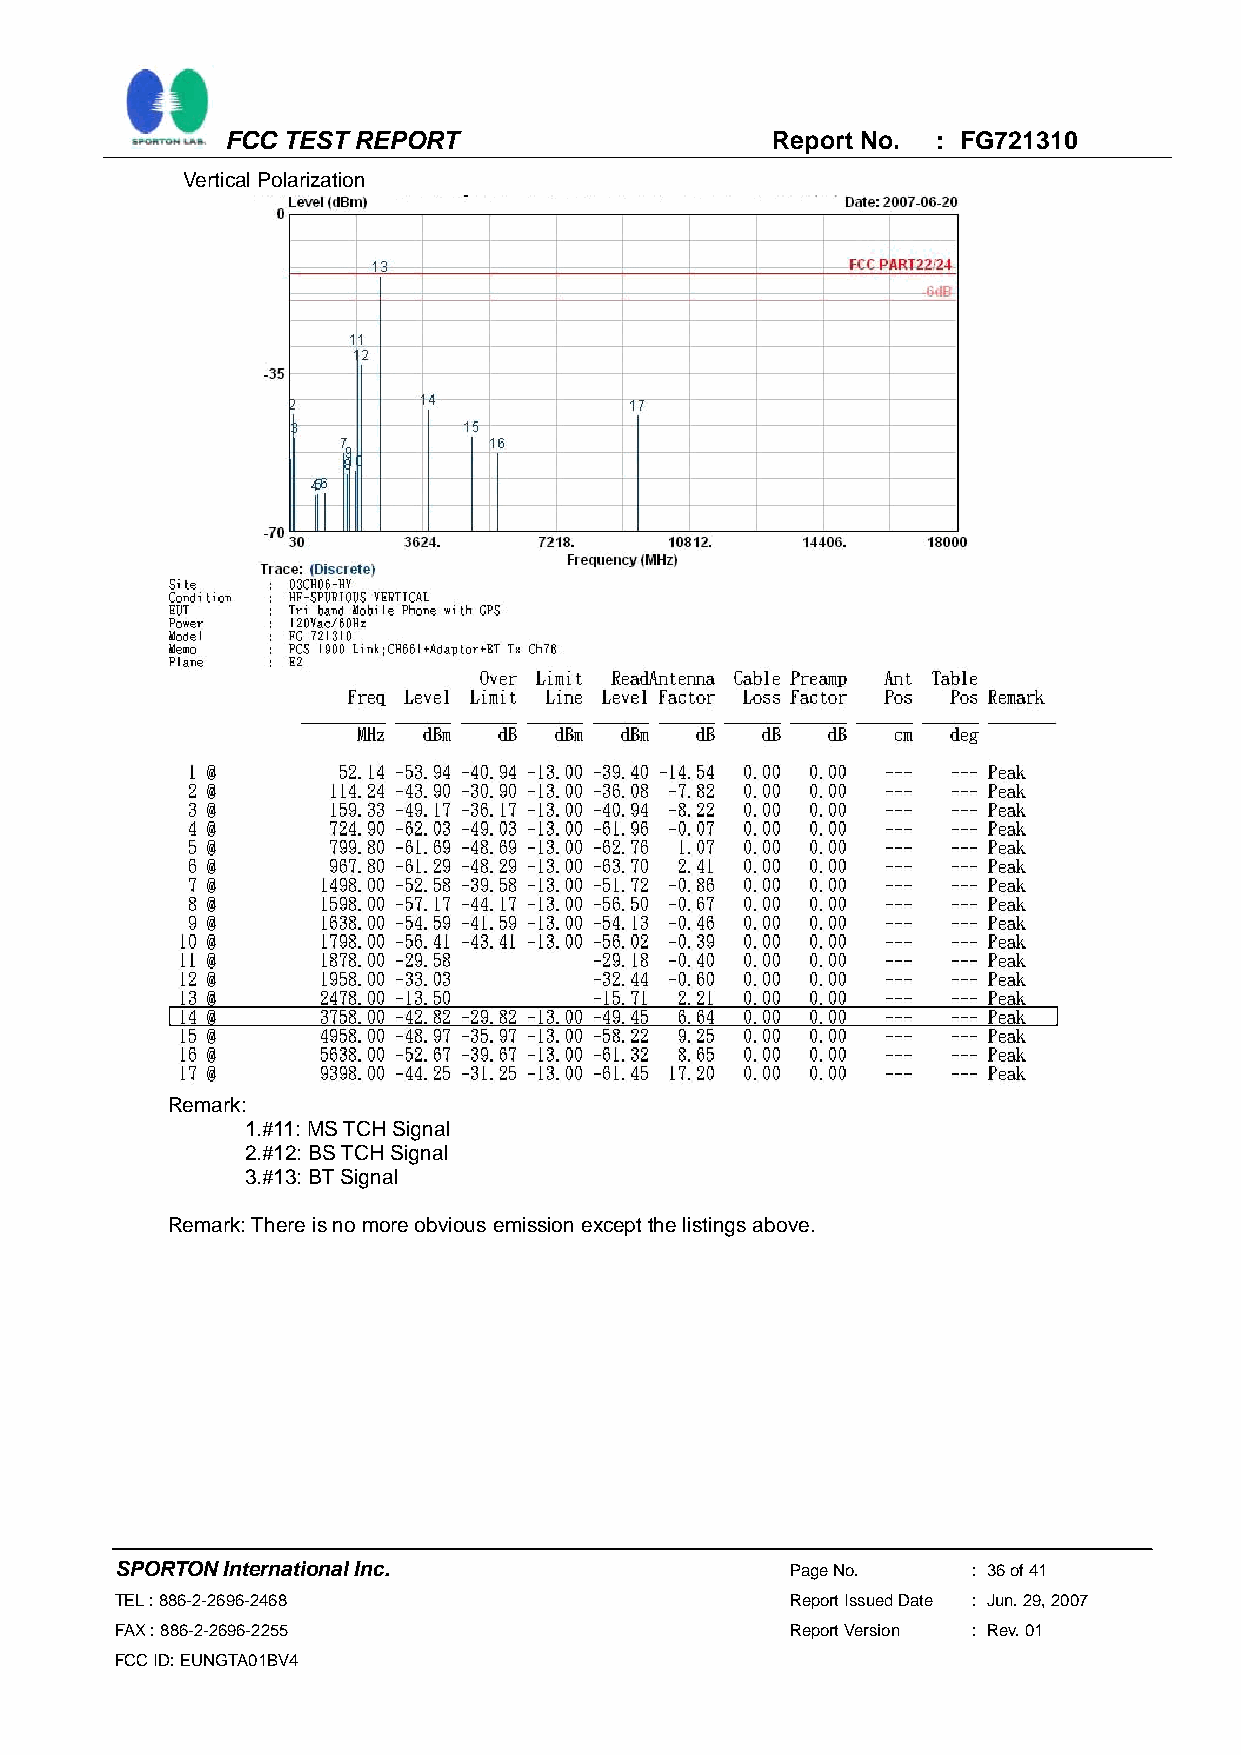
FCC TEST REPORT                     Report No. : FG721310
 Vertical Polarization
 Remark:
 1. #11: MS TCH Signal
 2. #12: BS TCH Signal
 3. #13: BT Signal
 Remark: There is no more obvious emission except the listings above.
 SPORTON International Inc.                  Page No.    : 36 of 41
 TEL : 886-2-2696-2468                       Report Issued Date : Jun. 29, 2007
 FAX : 886-2-2696-2255                       Report Version : Rev. 01
 FCC ID: EUNGTA01BV4